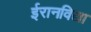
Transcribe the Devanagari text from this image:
ईरानविद्या